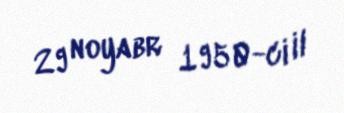
29 noyabr 1950-ci il